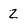
Character: Z